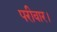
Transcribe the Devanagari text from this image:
परीवार।